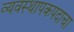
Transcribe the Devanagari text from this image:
व्यवस्थापकपदाचा